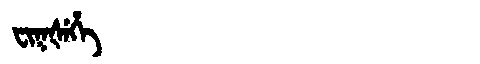
Manchu: ᠸᡳᡴᡧᡝᡥᡝ
Romanization: FIKŠEHE